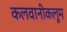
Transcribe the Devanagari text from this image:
कलवानीकलूम